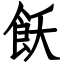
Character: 飫